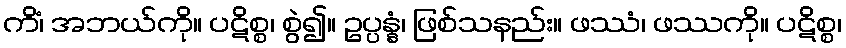
ကိံ၊ အဘယ်ကို။ ပဋိစ္စ၊ စွဲ၍။ ဥပ္ပန္နံ၊ ဖြစ်သနည်း။ ဖဿံ၊ ဖဿကို။ ပဋိစ္စ၊